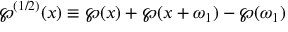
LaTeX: \wp ^ { ( 1 / 2 ) } ( x ) \equiv \wp ( x ) + \wp ( x + \omega _ { 1 } ) - \wp ( \omega _ { 1 } )